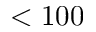
< 1 0 0